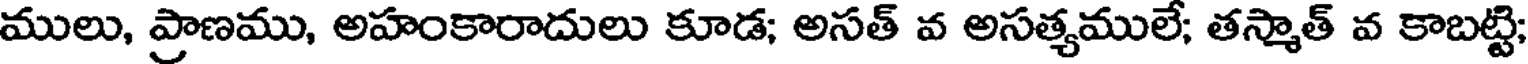
ములు, ప్రాణము, అహంకారాదులు కూడ; అసత్ వ అసత్యములే; తస్మాత్ వ కాబట్టి